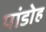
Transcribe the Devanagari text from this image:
पांडोह